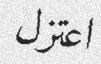
اعتزل